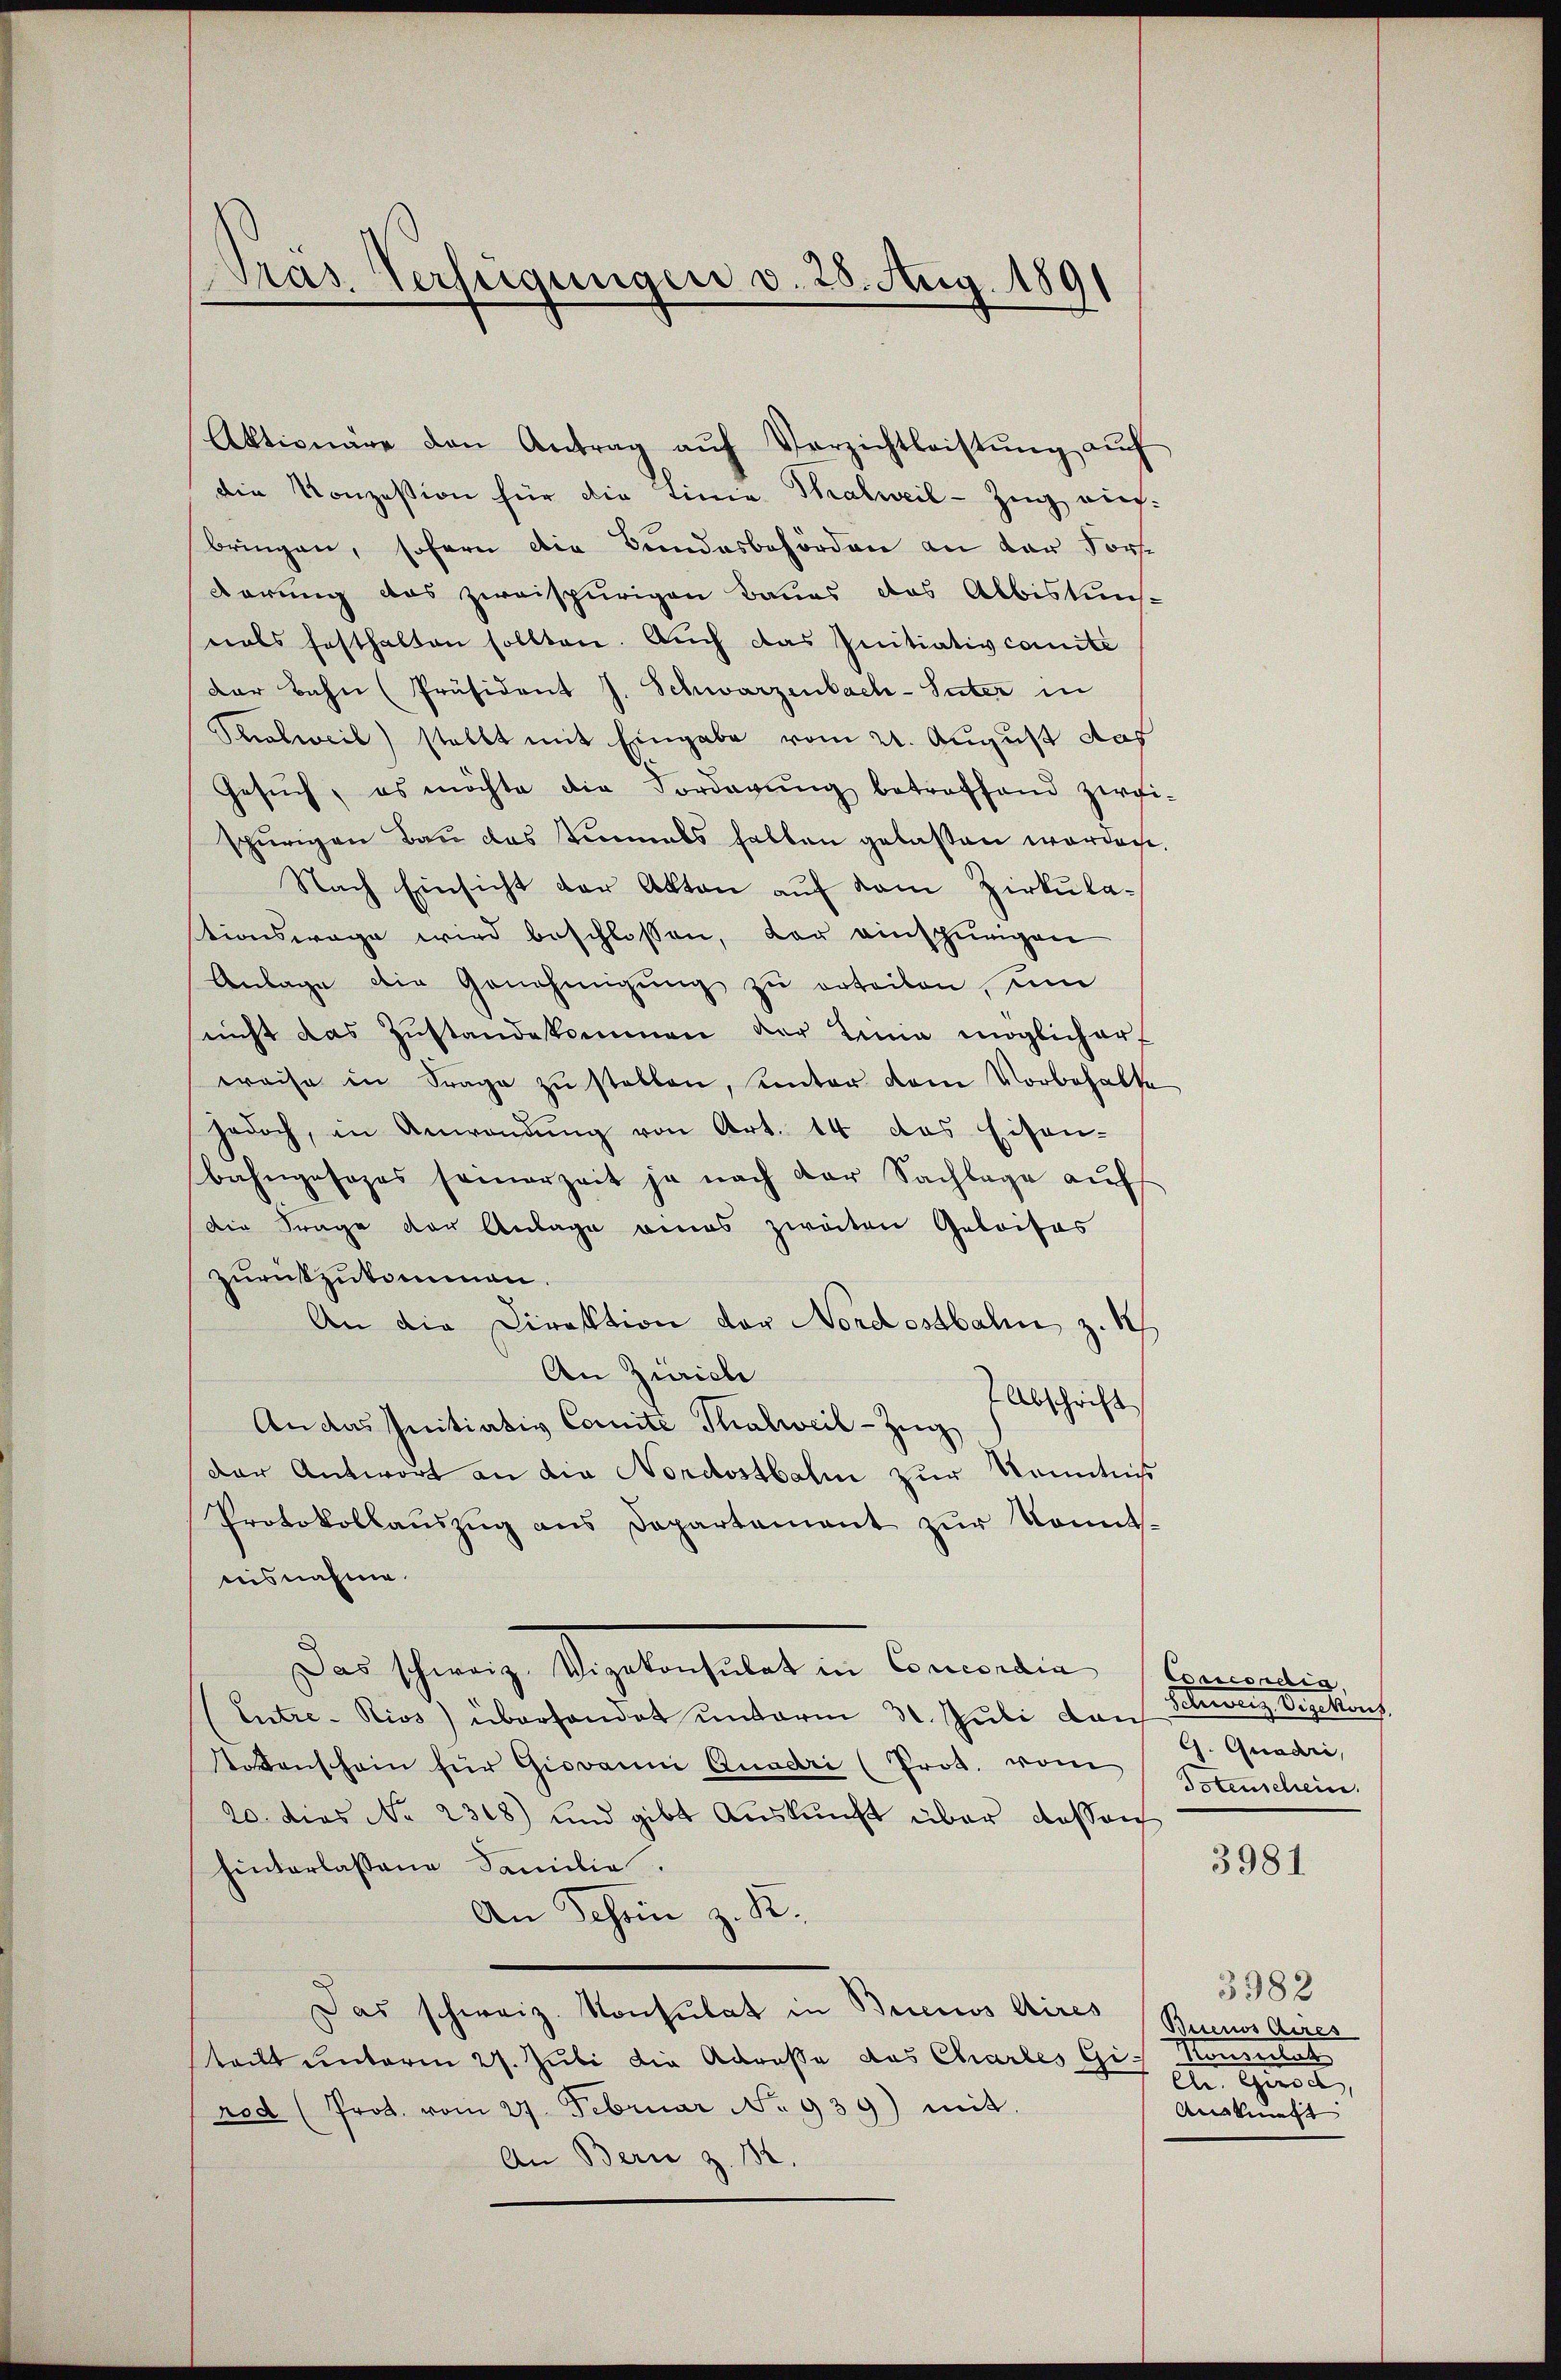
Präs. Verfügungen v. 28. Aug. 1891

Aktionäre den Antrag aŭf Verzichtleistŭng aŭf
die Konzession für die Linie Thalweil-Zug nich
bringen, sofern die Bundesbehörden an der Fors¬
Darung das zweispurigen Baues das Albiskuns-
mals festhalten sollten. Auch das Initiativcomité
Der Bahn (Präsident J. Schwarzenbach-Suter in
Ptialweil) stellt mit Eingabe vom 21. August das
Gesŭch, es möchte die Vorderŭng betreffend zwei-
spurigen Bau das einmals halben gelassen worden.
Nach Einsicht der Akten auf dem Zirkulationswage wird beschlossen, der einsherigen
Anlage die Genehmigŭng zŭ erteilen, um
nicht das Zustandekommen der Linie möglich erf
weise in Frage zŭ stellen, unter dem Vorbehalte
jedoch, in Anwendung von Art. 14 das Eisen-
bahngesages seinerzeit ja nach der Sachlage auf
Die Frage der Anlage eines zweiten Geleises
zurückzukommen.
An die Direktion der Nordostbahn z. K
An Zürich
7 Abschrift
An das Initiativ Comite Thalweil-Zŭg
der Antwort an die Nordostbahn zur Kenntniß
Protokollaŭszŭg ans Departement zur Kontsrisnahme
Der Grenz Vegetanhaltet in Cometen.
(Entre-Kios) überhandet unterm 30. Juli dan
stoßenschein für Giovanni Quadri (Prot. vom Sammschein.
20. dies No 2308) und gibt Aŭskŭnft über dassen
hinterlassene Familie.
An Schön z. R.
Das schweiz. Konsulat in Buenos Aires
teilt unterm 27. Juli die Adresse das Chartes Girod (Prot. vom 27. Februar No. 939) mit.
An Berne z. B.

Concordig
Soluenz Vizekonf
G. Quadri,

3981

3982
Bisenos Aires
Konsulat

Austins